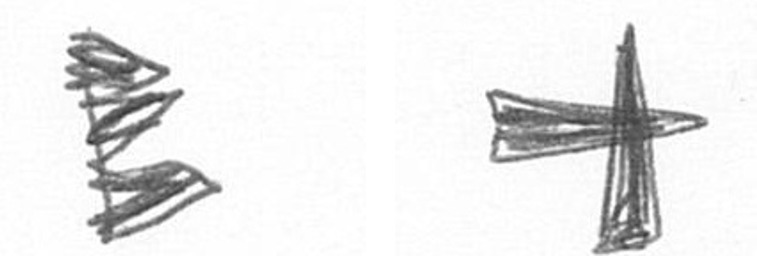
H G